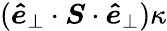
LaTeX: (\boldsymbol{\hat{e}}_{\perp}\cdot\boldsymbol{S}\cdot\boldsymbol{\hat{e}}_{\perp})\kappa